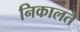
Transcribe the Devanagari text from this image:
निकालते